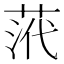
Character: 𮏠